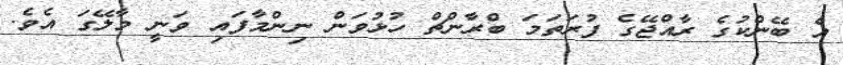
އެ ބޭންކުގެ ރާއްޖޭގެ ފުރަތަމަ ބްރާންޗް ހުޅުވަން ނިންމާފައި ވަނީ މާލޭގަ އެވެ.